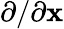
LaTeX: \partial/\partial\mathbf{x}